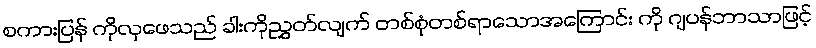
စကားပြန် ကိုလှဖေသည် ခါးကိုညွှတ်လျက် တစ်စုံတစ်ရာသောအကြောင်း ကို ဂျပန်ဘာသာဖြင့်